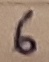
Text: 6